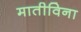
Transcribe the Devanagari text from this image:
मातीविना